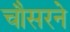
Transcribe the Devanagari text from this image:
चौसरने